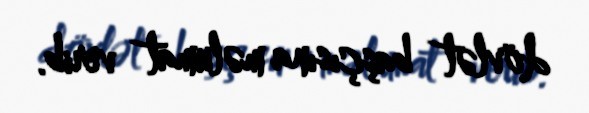
dövlət başçısına məlumat verib.